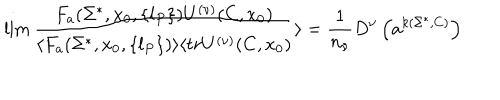
LaTeX: \lim { \frac { F _ { a } ( \Sigma ^ { * } , x _ { 0 } , \{ l _ { P } \} ) U ^ { ( \nu ) } ( C , x _ { 0 } ) } { \langle F _ { a } ( \Sigma ^ { * } , x _ { 0 } , \{ l _ { P } \} ) \rangle \langle t r U ^ { ( \nu ) } ( C , x _ { 0 } ) } } \rangle = { \frac { 1 } { n _ { \nu } } } D ^ { \nu } \left( a ^ { k ( \Sigma ^ { * } , C ) } \right)